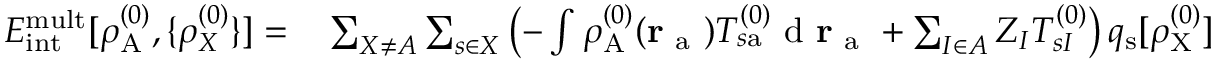
\begin{array} { r l } { E _ { \mathrm { i n t } } ^ { \mathrm { m u l t } } [ \rho _ { \mathrm { A } } ^ { ( 0 ) } , \{ \rho _ { X } ^ { ( 0 ) } \} ] = } & { { } \sum _ { X \neq A } \sum _ { s \in X } \left( - \int \rho _ { \mathrm { A } } ^ { ( 0 ) } ( \mathbf { r } _ { \mathrm { ~ a ~ } } ) T _ { s \mathrm { a } } ^ { ( 0 ) } \mathrm { ~ d ~ } \mathbf { r } _ { \mathrm { ~ a ~ } } + \sum _ { I \in A } Z _ { I } T _ { s I } ^ { ( 0 ) } \right) q _ { \mathrm { s } } [ \rho _ { \mathrm { X } } ^ { ( 0 ) } ] } \end{array}